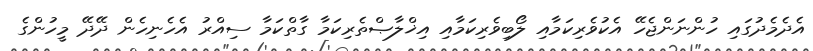
އެދެމެދުގައި ހުންނަންޖެހޭ އެކުވެރިކަމާއި ލޯބިވެރިކަމާއި އިޚްލާޞްތެރިކަމާ ގާތްކަމާ ސިއްރު އެހެނިހެން ދޭދޭ މީހުންގެ